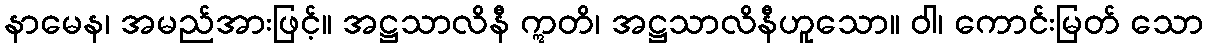
နာမေန၊ အမည်အားဖြင့်။ အဋ္ဌသာလိနီ ဣတိ၊ အဋ္ဌသာလိနီဟူသော။ ဝါ၊ ကောင်းမြတ် သော